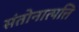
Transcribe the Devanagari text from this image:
संतोनात्पत्ति